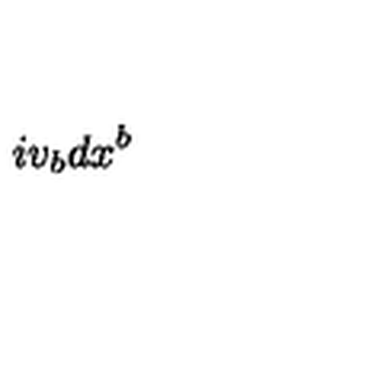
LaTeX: i v _ { b } d x ^ { b }